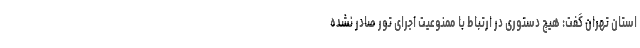
استان تهران گفت: هیچ دستوری در ارتباط با ممنوعیت اجرای تور صادر نشده